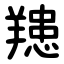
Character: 䍺